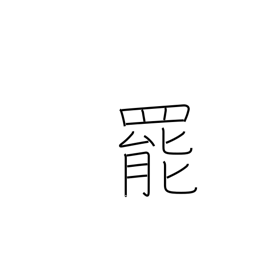
Meaning: quit